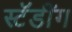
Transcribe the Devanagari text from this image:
स्टॅडींग